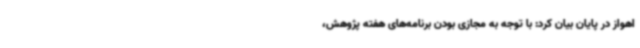
اهواز در پایان بیان کرد: با توجه به مجازی بودن برنامه‌های هفته پژوهش،